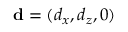
\mathbf { d } = ( d _ { x } , d _ { z } , 0 )